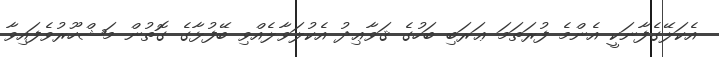
އެކަލޭގެފާނަކީ އެންމެ ފުރަތަމަ ޢަރަބި ބަހުގެ ޤަވާޢިދު އެކުލަވާލެއްވި ބޭފުޅާގެ ގޮތުން މަޝްހޫރުވެފައިވާ